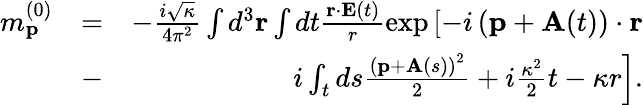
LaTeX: \begin{array}{rlr}{m_{\mathbf{p}}^{(0)}}&{=}&{-\frac{i\sqrt{\kappa}}{4\pi^{2}}\int d^{3}\mathbf{r}\int dt\frac{\mathbf{r}\cdot\mathbf{E}(t)}{r}\exp\left[-i\left(\mathbf{p}+\mathbf{A}(t)\right)\cdot\mathbf{r}\right.}\\ &{-}&{i\left.\int_{t}ds\frac{\left(\mathbf{p}+\mathbf{A}(s)\right)^{2}}{2}+i\frac{\kappa^{2}}{2}t-\kappa r\right].}\end{array}